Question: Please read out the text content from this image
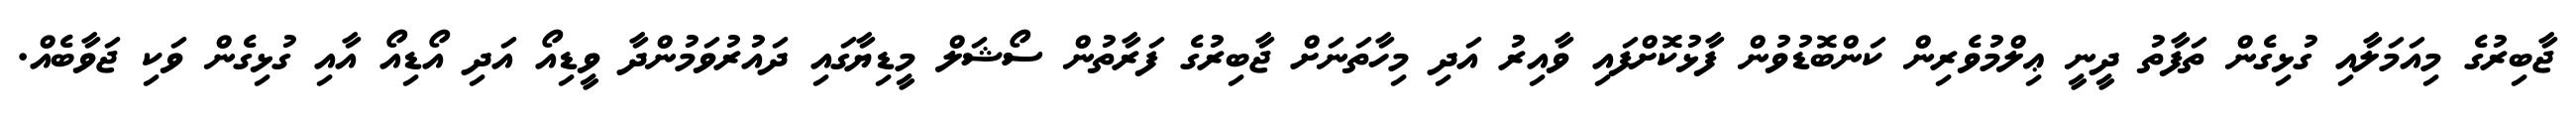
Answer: ޖާބިރުގެ މިއަމަލާއި ގުޅިގެން ތަފާތު ދީނީ ޢިލްމުވެރިން ކަންބޮޑުވުން ފާޅުކޮށްފައި ވާއިރު އަދި މިހާތަނަށް ޖާބިރުގެ ފަރާތުން ސޯޝަލް މީޑިޔާގައި ދައުރުވަމުންދާ ވީޑިއޯ އަދި އޯޑިއޯ އާއި ގުޅިގެން ވަކި ޖަވާބެއް.